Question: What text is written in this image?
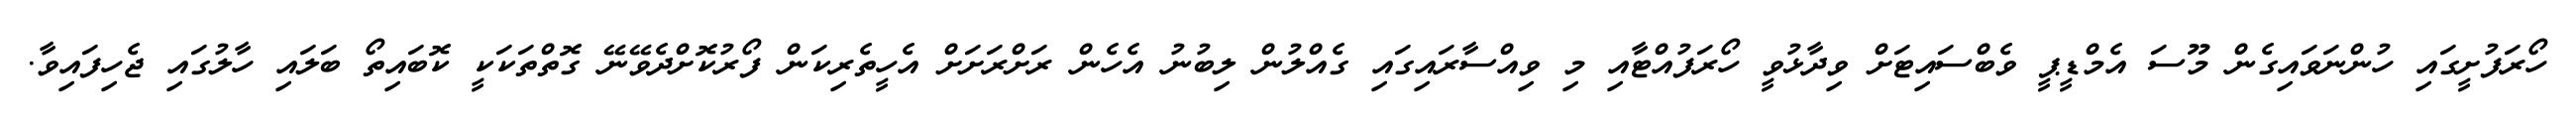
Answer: ހޯރަފުށީގައި ހުންނަވައިގެން މޫސަ އެމްޑީޕީ ވެބްސައިޓަށް ވިދާޅުވީ ހޯރަފުއްޓާއި މި ވިއްސާރައިގައި ގެއްލުން ލިބުނު އެހެން ރަށްރަށަށް އެހީތެރިކަން ފޯރުކޮށްދެވޭނޭ ގޮތްތަކަކީ ކޮބައިތޯ ބަލައި ހާލުގައި ޖެހިފައިވާ.